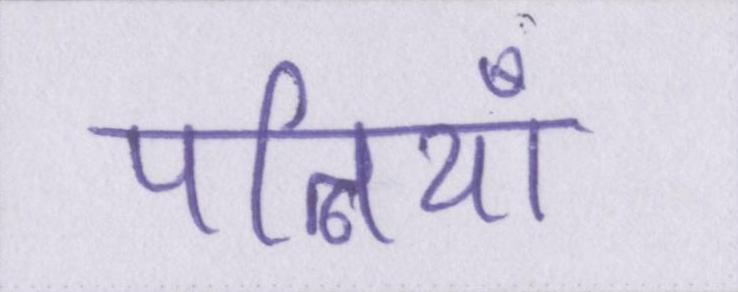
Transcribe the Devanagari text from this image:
पत्नियाँ